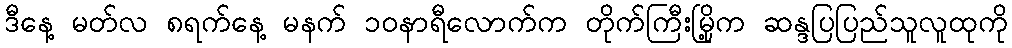
ဒီနေ့ မတ်လ ၈ရက်နေ့ မနက် ၁၀နာရီလောက်က တိုက်ကြီးမြို့က ဆန္ဒပြပြည်သူလူထုကို